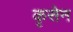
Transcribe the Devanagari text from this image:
कृसेन